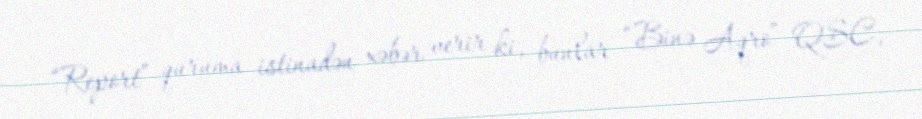
“Report” quruma istinadən xəbər verir ki, bunlar “Binə Aqro” QSC,